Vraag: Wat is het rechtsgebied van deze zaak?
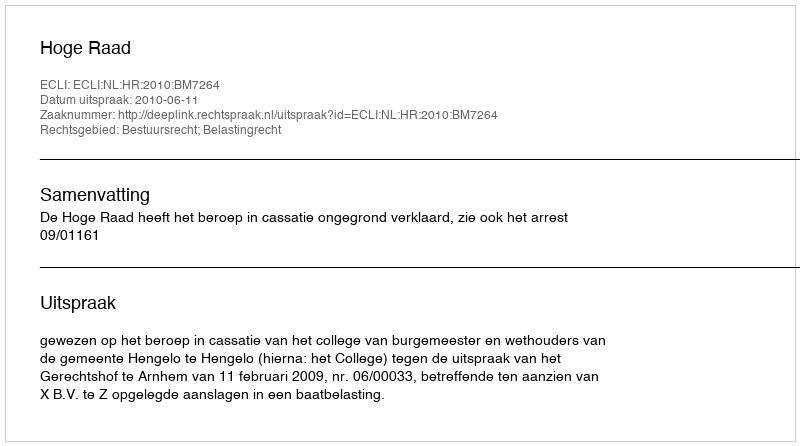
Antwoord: Bestuursrecht; Belastingrecht